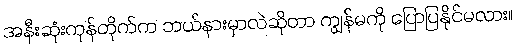
အနီးဆုံးကုန်တိုက်က ဘယ်နားမှာလဲဆိုတာ ကျွန်မကို ပြောပြနိုင်မလား။